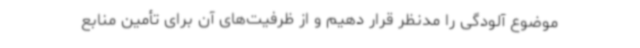
موضوع آلودگی را مدنظر قرار دهیم و از ظرفیت‌های آن برای تأمین منابع